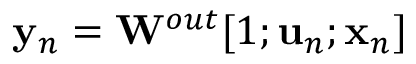
{ \bf y } _ { n } = { \bf W } ^ { o u t } [ 1 ; { \bf u } _ { n } ; { \bf x } _ { n } ]